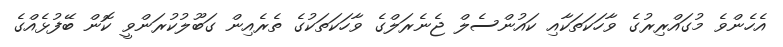
އެހެންވެ މުގައްރިރުގެ ވާހަކަތަކާއި ކައުންސެލް ޖެނެރަލްގެ ވާހަކަތަކުގެ ތެރެއިން ގަބޫލުކުރަންވީ ކޮން ބޭފުޅެއްގެ